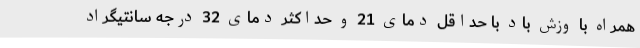
همراه با وزش باد با حداقل دمای 21 و حداکثر دمای 32 درجه سانتیگراد